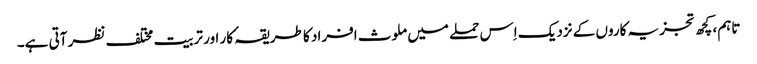
تاہم، کچھ تجزیہ کاروں کے نزدیک اِس حملے میں ملوث افراد کا طریقہٴ کار اور تربیت مختلف نظر آتی ہے۔